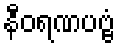
နီဝရဏပဗ္ဗံ